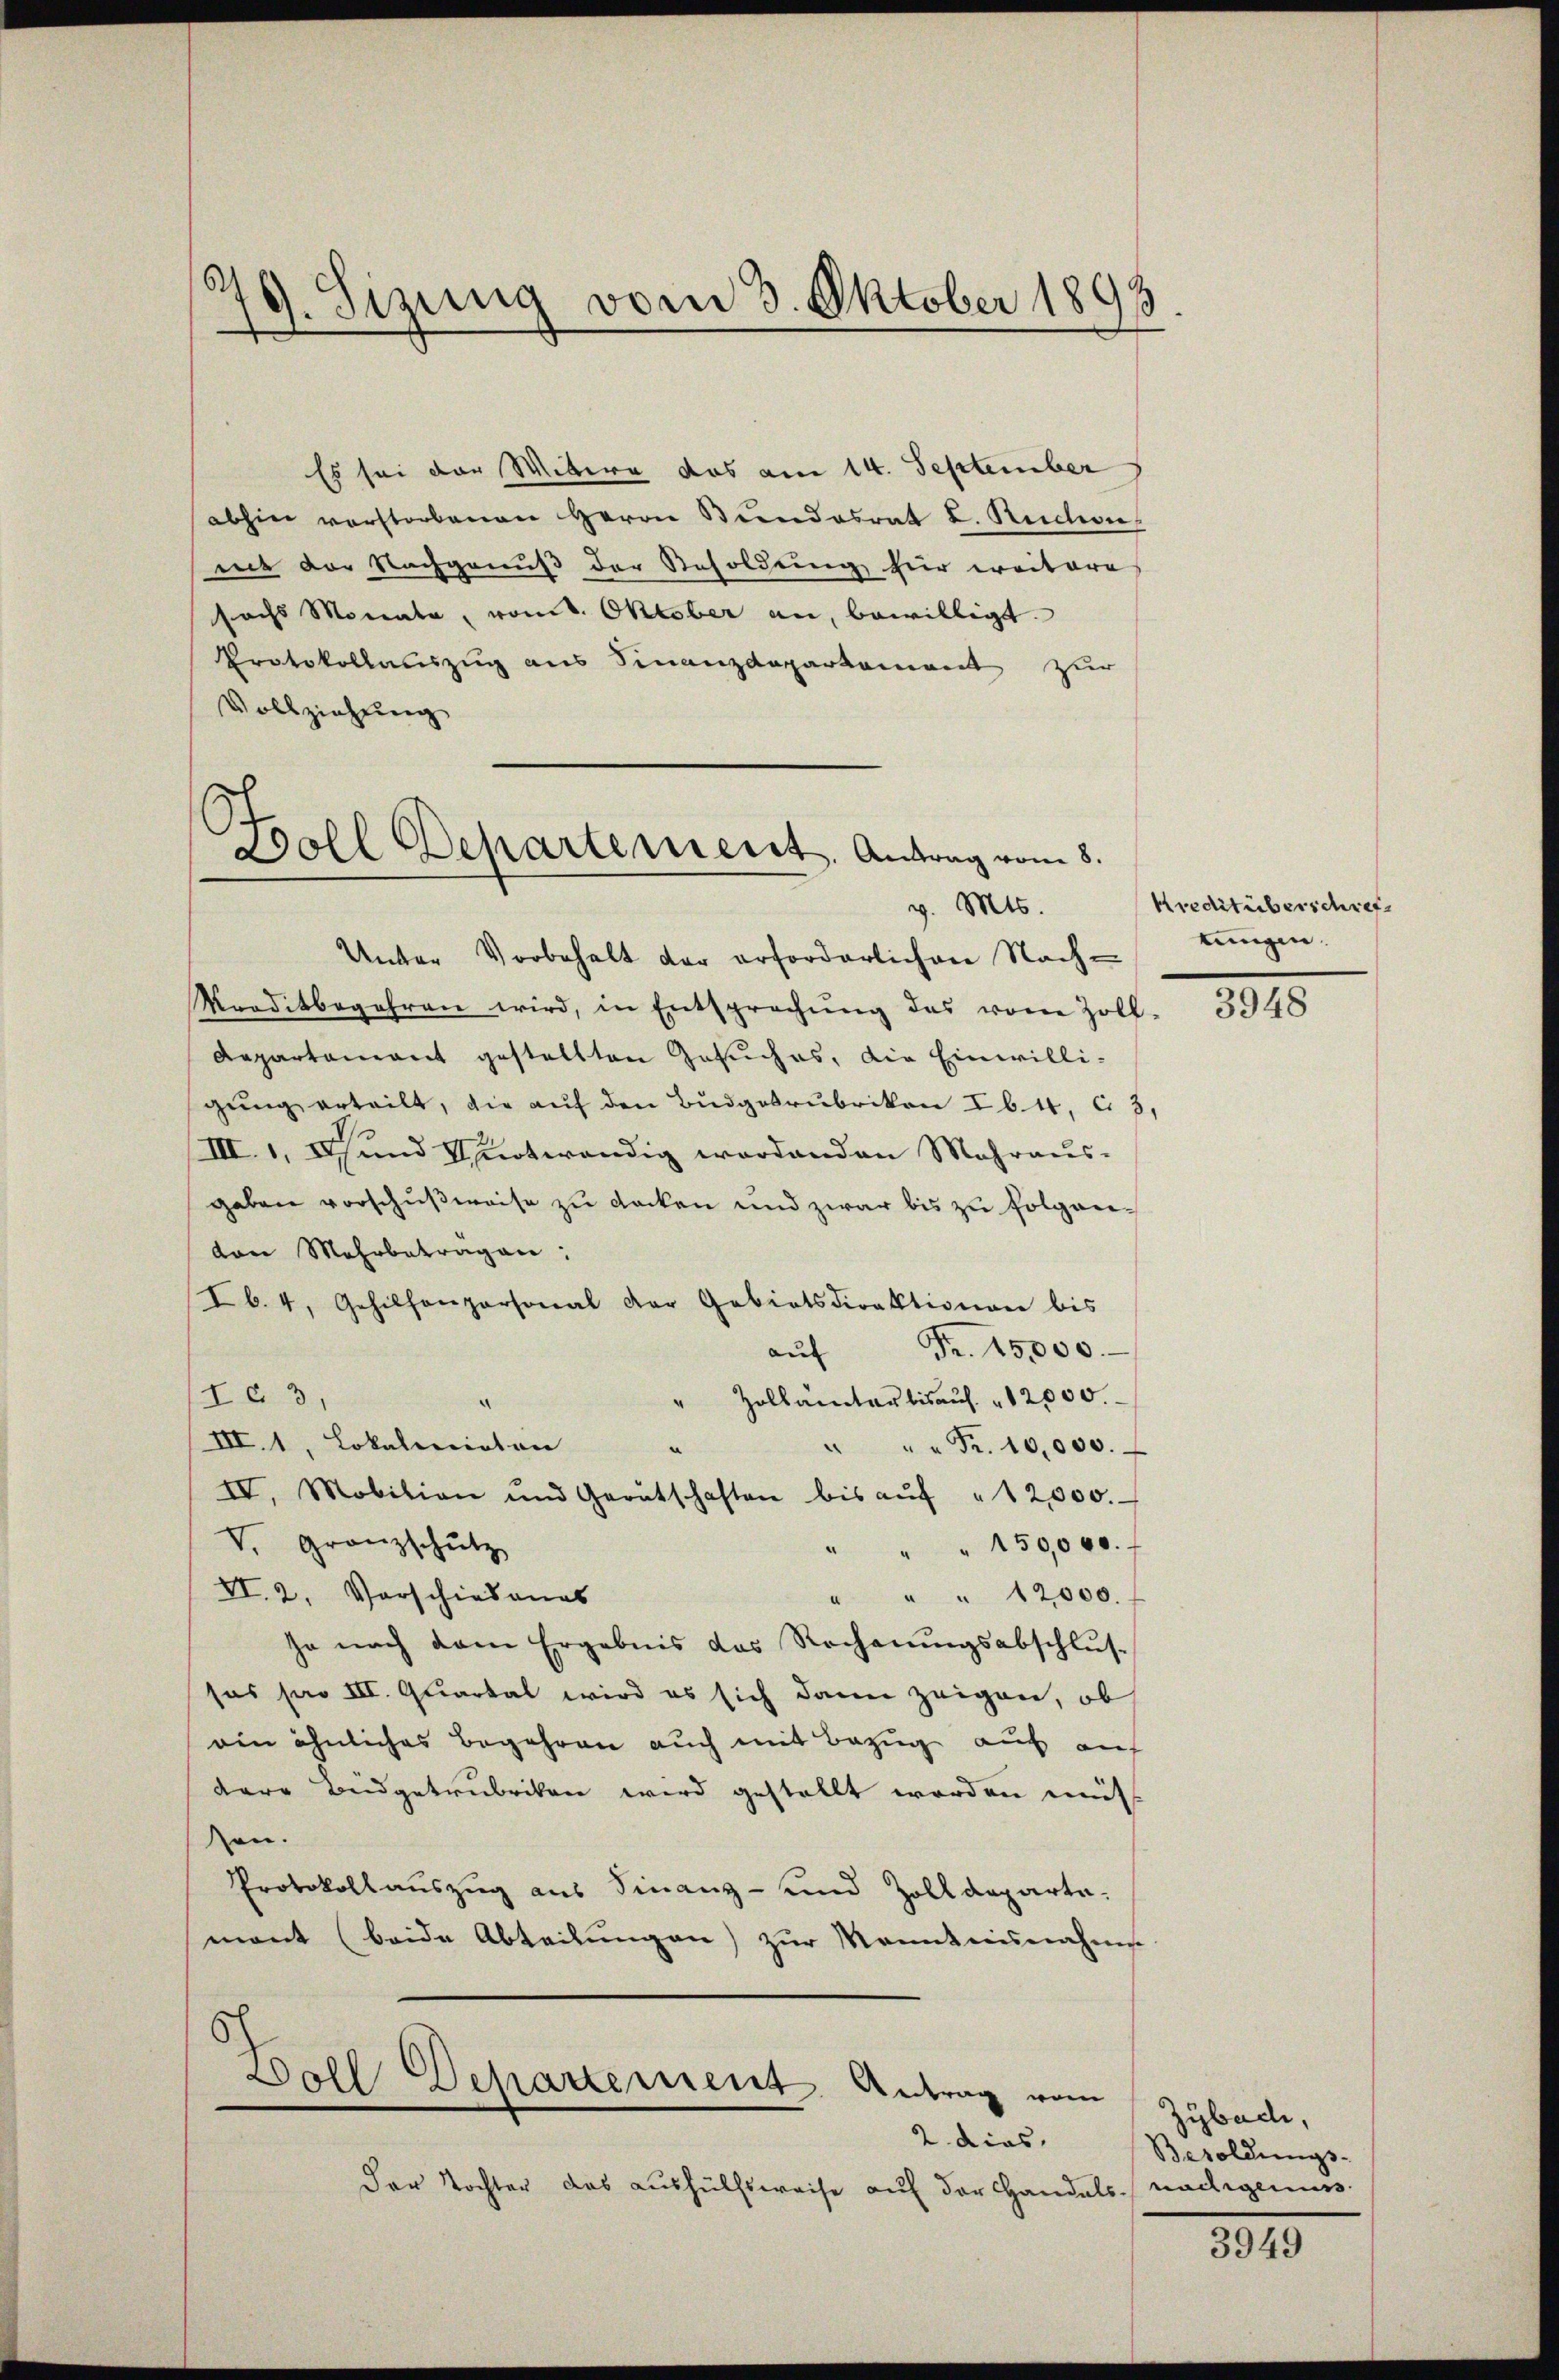
.
79. Sizung vom 3. Oktober 1893

Es sei der Witter das am 14. September
abhin verstorbenen Herrn Biendesrat L. Ruchon
mit der Nachgenuß der Resoldung hier weitere
sechs Monate, vom 8. Oktober an, bewilligt.
Protokollauszug aus Finanzdepartement zur
Vollziehung

Boll Departement. Antrag vom 8.
v. Mts.

Unter Vorbehalt der erforderlichen Nachraditbegehren wird, in Entsprechŭng das vom Zoll-
Departement gestellten Gesuches, die Einwilli-
gŭng erteilt, die auf den Budgetrubrikon Eb.4, C. 3,
III. 1. Ich und Schnotwendig wordenden Mahraŭs-
geben vorschußweise zu decken und zwar bis zu folgenvon Mehrbeträgen:
Ib. 4. Gehilfenpersonal der Gabiatsdirektionen bis
Fr. 15,000.
aus
Zollämter bis auf 12000.
Ie 3,
III. 1, Lokalminton
" " " Fr. 10,000.
V. Granzschütz
" " " 150,000.
VI. 2. Vorschiedenas
" " " 12000.
ja nach dem Ergebnis das Rechnŭngsabschlus
sas pro III. Quartal wird es sich dann zeigen, ob
ein ähnliches Begehren auch mit Bezug auf auf
dare Budgetrubriken wird gestellt werden müss
en.
Protokollauszug aus Finanz- und Zolldeparte.
mant (beide Abteilŭngen zŭr Kenntnisnahme
s

IV. Mobilian und Gerätschaften bis aŭf " 12000.

Soll Departement Antrag vom
2. dies

Der Tochter das Aushülfsweise auf der Handels-nadigenuss

Kredit überschrift
tungen.

3948

Zybach,
Besoldungs-

3949